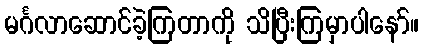
မင်္ဂလာဆောင်ခဲ့ကြတာကို သိပြီးကြမှာပါနော်။